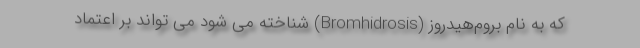
که به نام بروم‌هیدروز (Bromhidrosis) شناخته می شود می تواند بر اعتماد